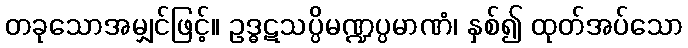
တခုသောအမျှင်ဖြင့်။ ဥဒ္ဓဋသပ္ပိမဏ္ဍပ္ပမာဏံ၊ နှစ်၍ ထုတ်အပ်သော